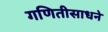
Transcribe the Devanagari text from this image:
गणितीसाधने